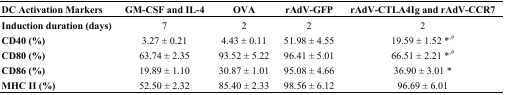
| DC Activation Markers | GM-CSF and IL-4 | OVA | rAdV-GFP | rAdV-CTLA4Ig and rAdV-CCR7 |
 | --- | --- | --- | --- | --- |
 | Induction duration (days) | 7 | 2 | 2 | 2 |
 | CD40 (%) | 3.27 ± 0.21 | 4.43 ± 0.11 | 51.98 ± 4.55 | 19.59 ± 1.52 *,# |
 | CD80 (%) | 63.74 ± 2.35 | 93.52 ± 5.22 | 96.41 ± 5.01 | 66.51 ± 2.21 *,# |
 | CD86 (%) | 19.89 ± 1.10 | 30.87 ± 1.01 | 95.08 ± 4.66 | 36.90 ± 3.01 * |
 | MHC II (%) | 52.50 ± 2.32 | 85.40 ± 2.33 | 98.56 ± 6.12 | 96.69 ± 6.01 |